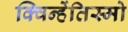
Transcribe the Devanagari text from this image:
क्विन्हेंतिस्मो